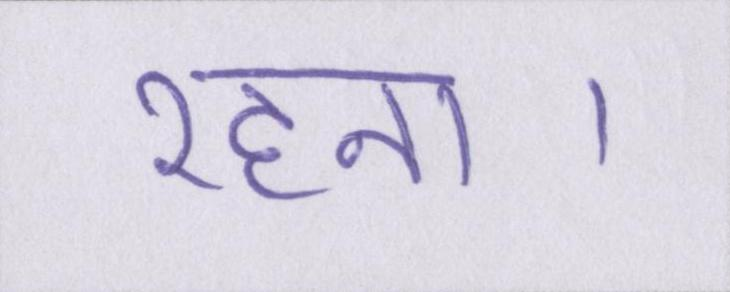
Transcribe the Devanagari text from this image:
रहना।